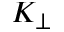
K _ { \perp }